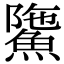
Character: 𩸻